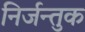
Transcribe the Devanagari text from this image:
निर्जन्तुक